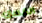
الغسق